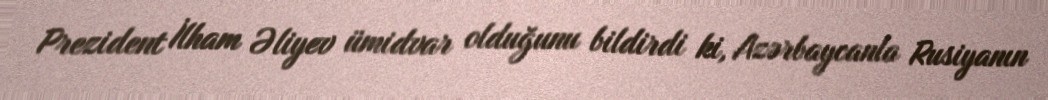
Prezident İlham Əliyev ümidvar olduğunu bildirdi ki, Azərbaycanla Rusiyanın